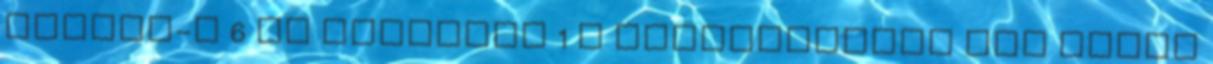
aceton-D 6 az oldószer 1 H abszorpciója nem zavar